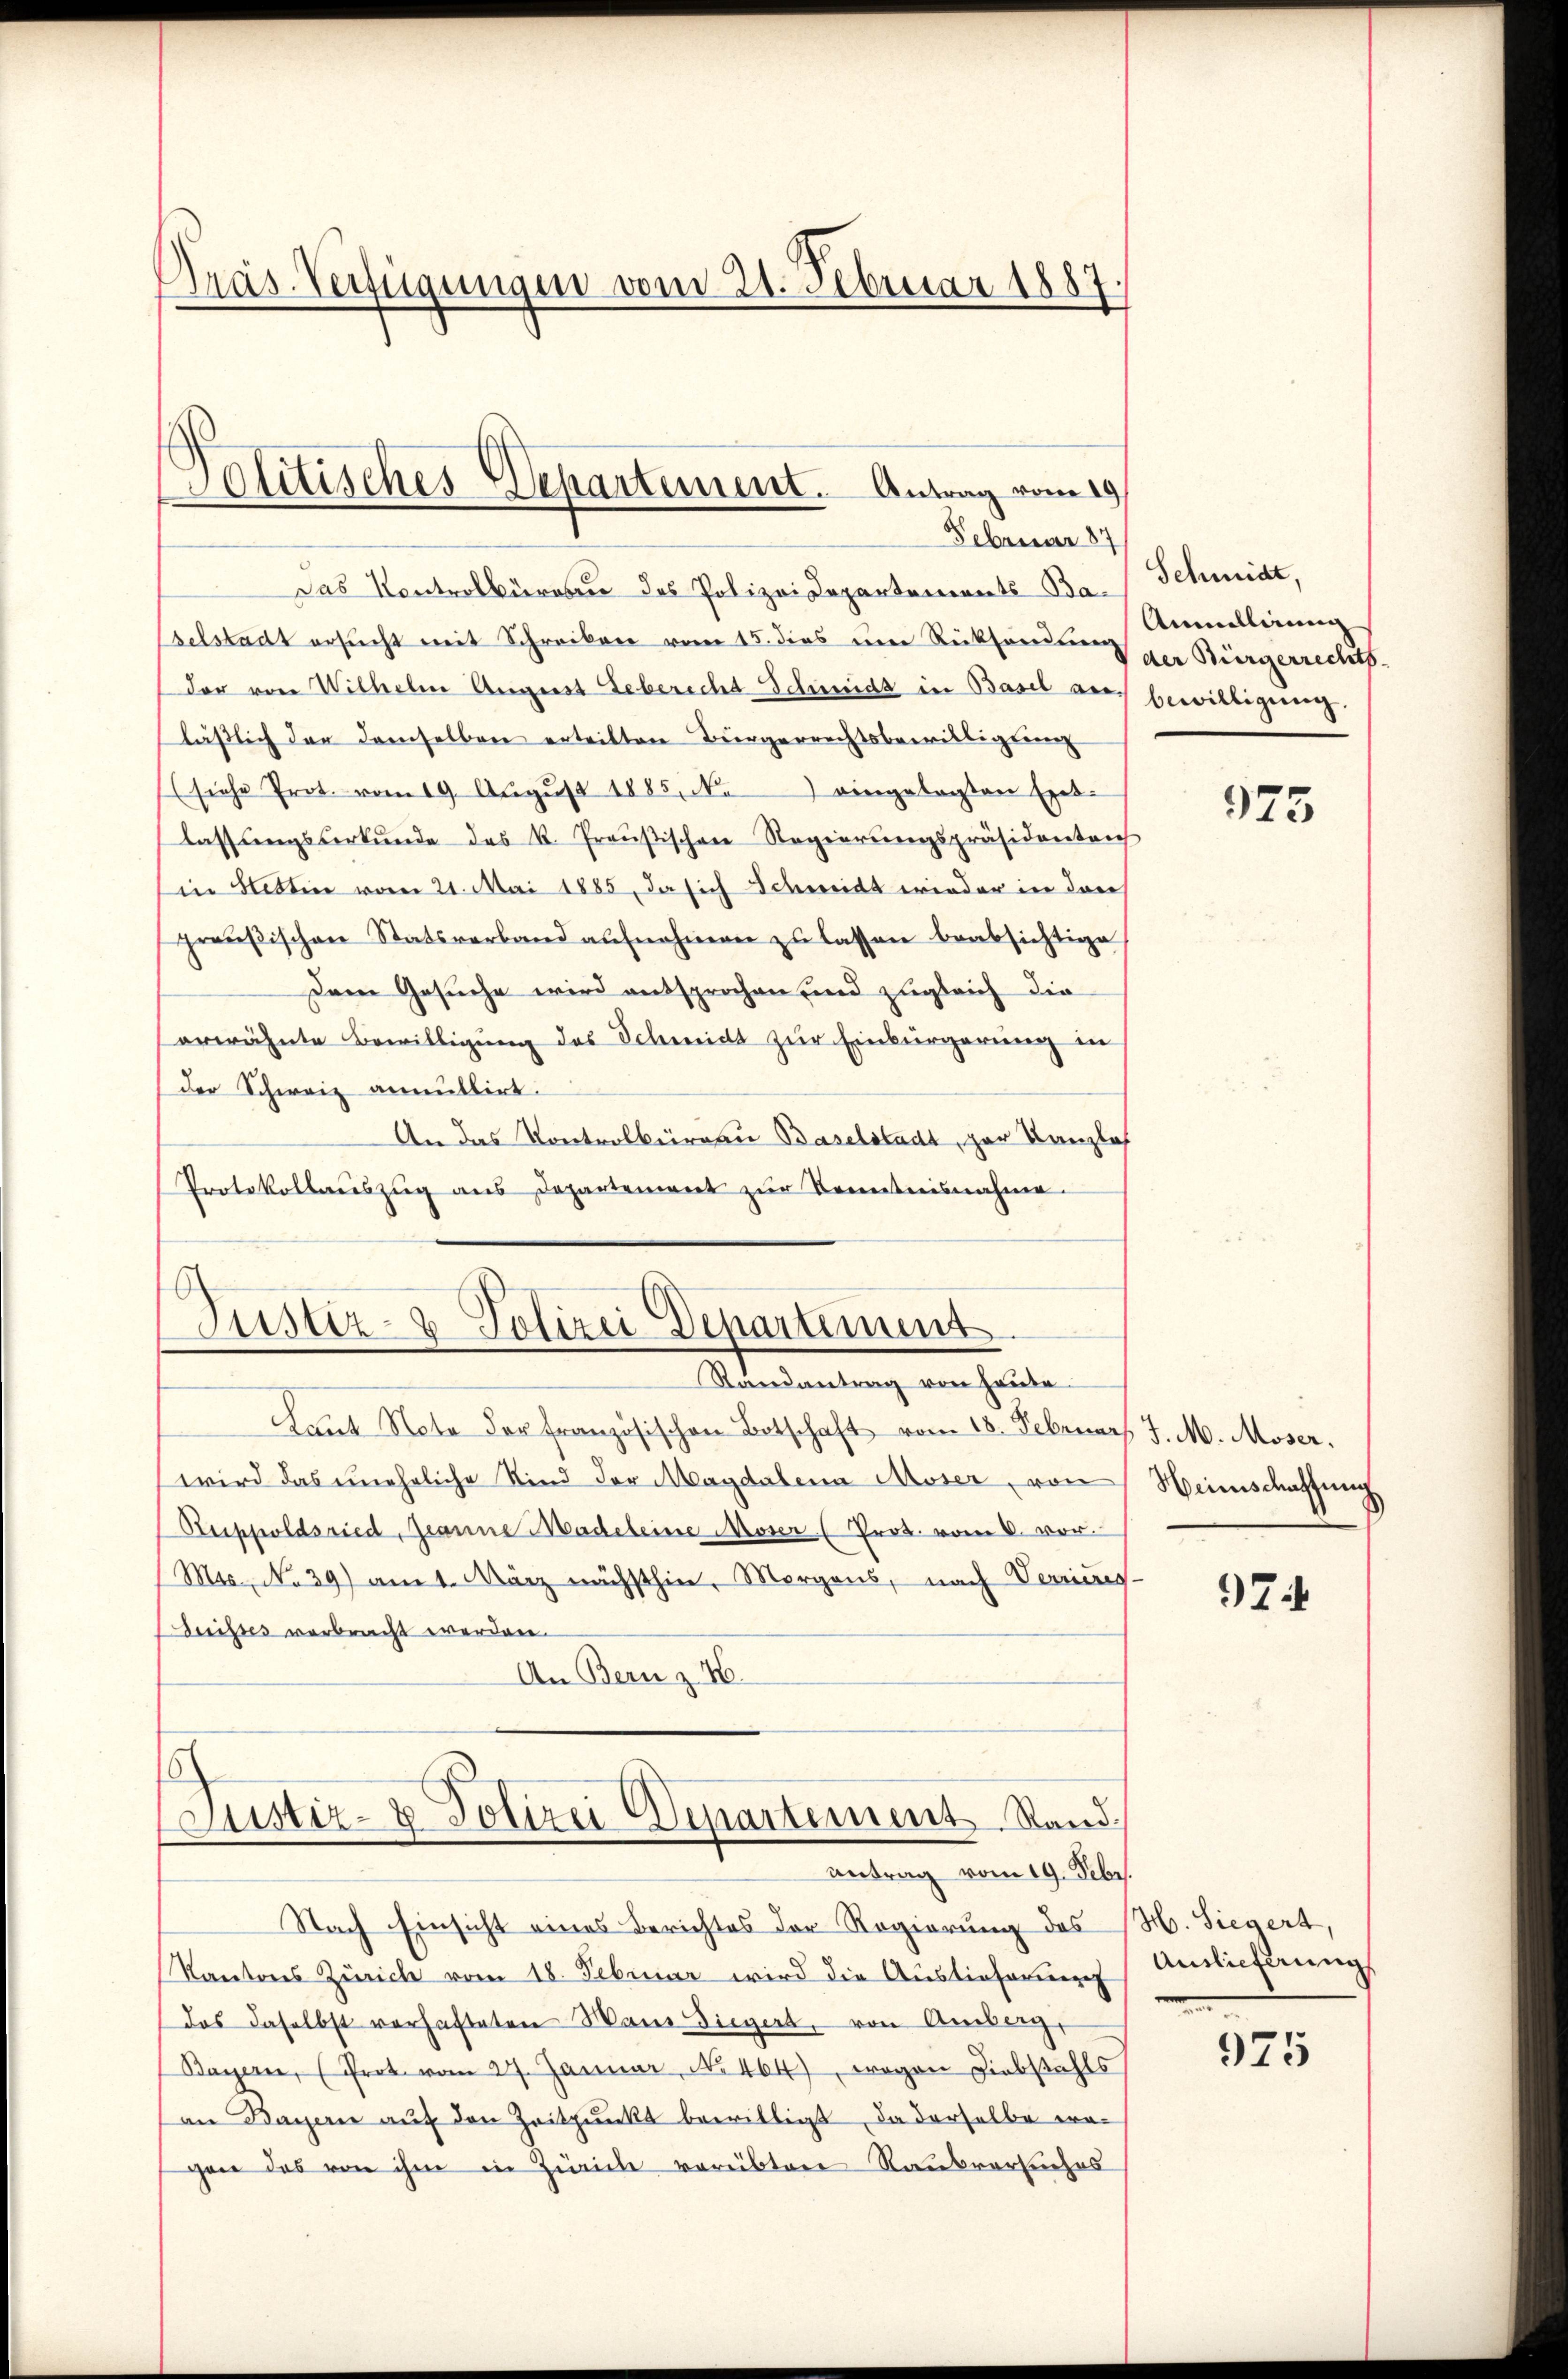
Präs. Verfügungen vom 21. Februar 1887.

Ottisches Departement. Antrag vom 29
Februar 87

Das Kontrolbüreau des Polizei Departements Baselstadt ersucht mit Schreiben vom 15. dies um Rücksendung
der von Wilhelm August Leberecht Schmidt in Basel auf bewilligung.
läßlich der demselben erteilten Bürgerrechtsbewilligung
(siehe Prot. vom 19. Aŭgŭst 1885, N.) eingelegten Exet-
lassŭngsverkŭnde des R. Preußischen Regierŭngspräsidentrich
in Stettin vom 21. Mai 1885, da sich Schweide wieder in drei
preußischen Statsverband aŭfnahmen zŭ lassen beabsichtige
Dem Gesuche wird entsprochen und zugleich die
erwähnte Bewilligung des Schmidt zur Einbürgerung in
Der Schweiz anmittirt.
An das Kontrolbüreau Baselstadt, zur Kanzlos
Protokollauszug aus Departement zur Kenntnisnahme

Justiz- & Polizei Departimung
Randantrag von heute.

Laut Note der Französischen Botschaft vom 18. Februar J. M. Moser.
wird das uneheliche Kind der Magdalena Moser, von
Ruppoldsried, Jeanne Madeleine Moser (Prot. vom 2. vor.
Mis, No 39) am 1. März nächsthin, Morgens, nach Vereinig-
Beistes verbracht werden.
An Bern z. 4.

Justiz- & Polizei Departement Stand.
antrag vom 19. Febr.

Nach Einsicht eines Berichtes der Regierung des
Kantons Zürich vom 18. Februar wird die Auslieferung Auslieferung
das daselbst verhafteten Mann Siegert, von Amberg,
Bayern, (Prot. vom 27. Januar, No. 464 wegen Liebstahls
an Bayerne aŭf den Zeitpunkt bewilligt, da derselbe wagen das von ihm in Zürich verübter Rausversuches

Schmidt,
Anmelligung
der Bürgerrechts

973

Weinschaffung

97

H. Siegert,
n

975